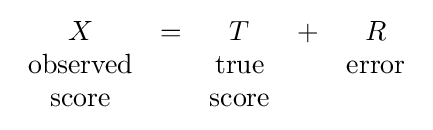
{\begin{array}{ccccc}X&=&T&+&R\\{\text{observed}}&&{\text{true}}&&{\text{error}}\\{\text{score}}&&{\text{score}}\end{array}}